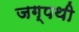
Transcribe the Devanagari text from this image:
जग्पथी